Scientific memoirs by medical officers of the Army of India - Part XI,
Year: 1898
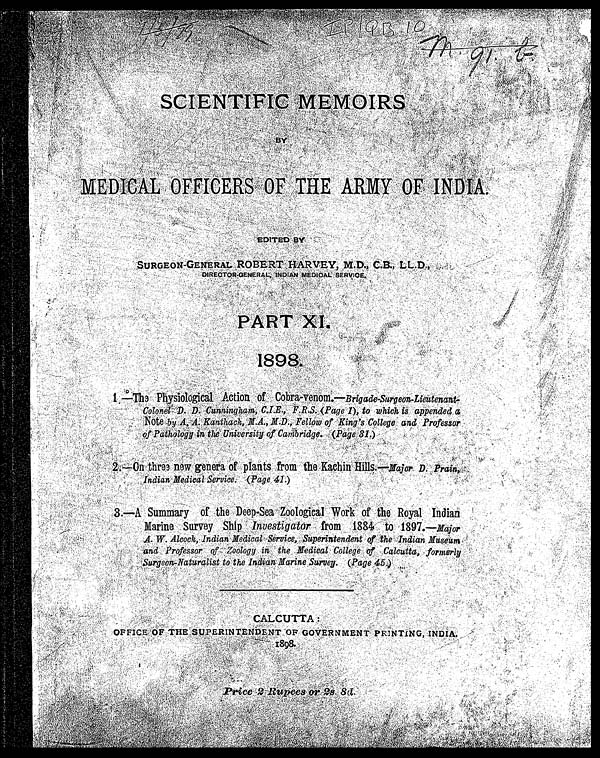
SCIENTIFIC MEMOIRS BY MEDICAL OFFICERS OF THE ARMY OF INDA.
EDITED BY
SURGEON-GENERAL ROBERT HARVEY, M.D., C.B., C.B., LL.D.,
DIRECTOR-GENERAL, INDIAN MEDICAL SERVICE.
PART XI.
1898. 1. —The Physi ol ogi cal Act i on of Cobra-venom. —Bri gade-Surgeon-Li eut enant -Col onel D. D. Cunni ngham, C. I. E. , F. R. S. , (Page 1), t o whi ch i s appended a Not e by A. A. Kant hack, M. A. , M. D. , Fel l ow of Ki ng' s Col l ege and Professor of Pat hol ogy i n t he Uni versi t y of Cambri dge. (Page 31. )
2.—On three new genera of plants from the Kachin Hills.—Major D. Prain, Indian Medical Service. (Page 41.)
3. —A Summar y of t he Deep- Sea Zool ogi cal Wor k of t he Royal I ndi an Mar i ne Sur vey Shi p I nvest i gat or f r om 1884 t o 1897. —Maj or A. W. Al cock, I ndi an Medi cal Ser vi ce, Super i nt endent of t he I ndi an Museum and Pr of essor of Zool ogy i n t he Medi cal Col l ege of Cal cut t a, f or mer l y Sur geon- Nat ur al i st t o t he I ndi an Mar i ne Sur vey. ( Page 45. )
CALCUTTA. OFFICE OF THE SUPERINTENDENT OF GOVERNMENT PRINTING, INDIA.
1898. PRICE 2 RUPEES OR 2s. 8d.